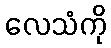
လေသံကို